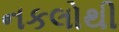
નકલોથી